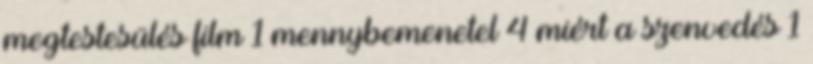
megtestesülés film 1 mennybemenetel 4 miért a szenvedés 1